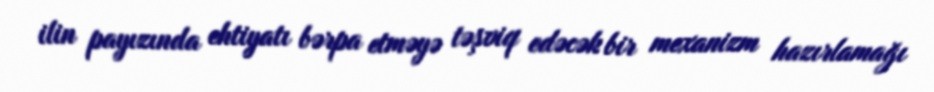
ilin payızında ehtiyatı bərpa etməyə təşviq edəcək bir mexanizm hazırlamağı